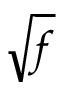
\sqrt { f }